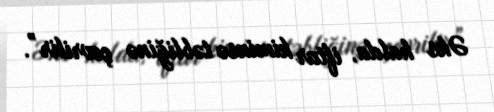
Əks halda, iftar kiminsə təbliğinə çevrilir”.